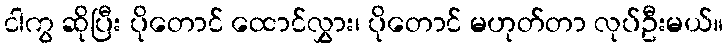
ငါကွ ဆိုပြီး ပိုတောင် ထောင်လွှား၊ ပိုတောင် မဟုတ်တာ လုပ်ဦးမယ်။